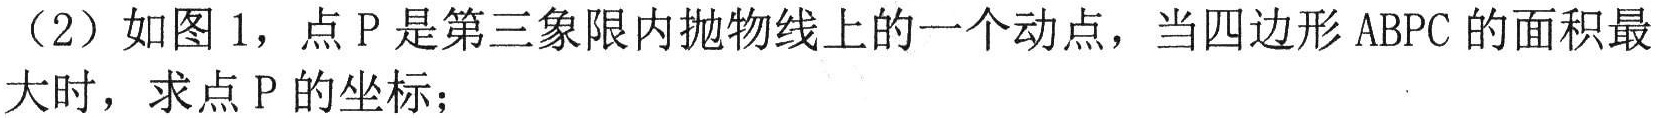
（2）如图1，点\(P\)是第三象限内抛物线上的一个动点，当四边形\(ABPC\)的面积最大时，求点\(P\)的坐标；